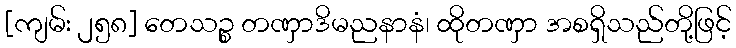
[ကျမ်း ၂၅၈] တေသဉ္စ တဏှာဒိမညနာနံ၊ ထိုတဏှာ အစရှိသည်တို့ဖြင့်